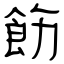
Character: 飭